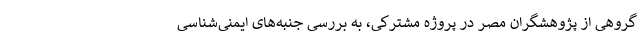
گروهی از پژوهشگران مصر در پروژه مشترکی، به بررسی جنبه‌های ایمنی‌شناسی